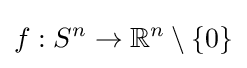
f:S^{n}\to \mathbb {R} ^{n}\setminus \{0\}